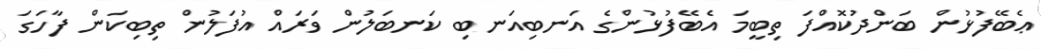
ޢެބޭފުޅުން ބަންދުކޮއްފަ ތިބީމަ އެބޭފުޅުންގެ އަނބިއަނބި ކަނބަލުން ވަރައް އުފަލުން ތިބިކަން ފާހަގަ